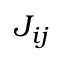
J _ { i j }